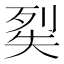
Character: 𭑔